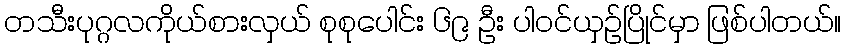
တသီးပုဂ္ဂလကိုယ်စားလှယ် စုစုပေါင်း ၆၉ ဦး ပါဝင်ယှဉ်ပြိုင်မှာ ဖြစ်ပါတယ်။